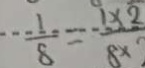
\frac { 1 } { 8 } = \frac { 1 \times 2 } { 8 \times }